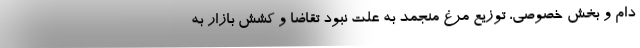
دام و بخش خصوصی، توزیع مرغ منجمد به علت نبود تقاضا و کشش بازار به